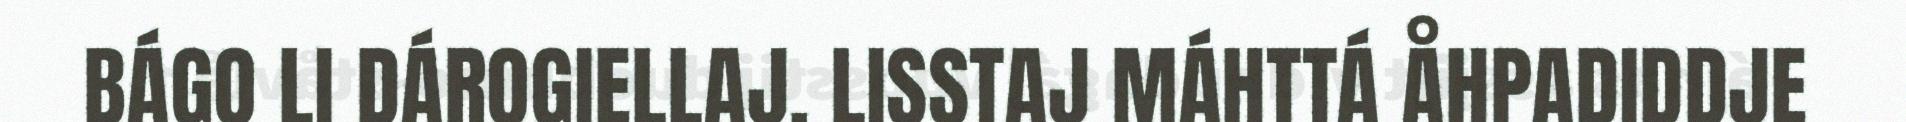
BÁGO LI DÁROGIELLAJ. LISSTAJ MÁHTTÁ ÅHPADIDDJE